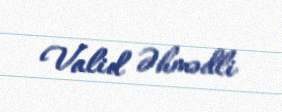
Valid Əhmədli